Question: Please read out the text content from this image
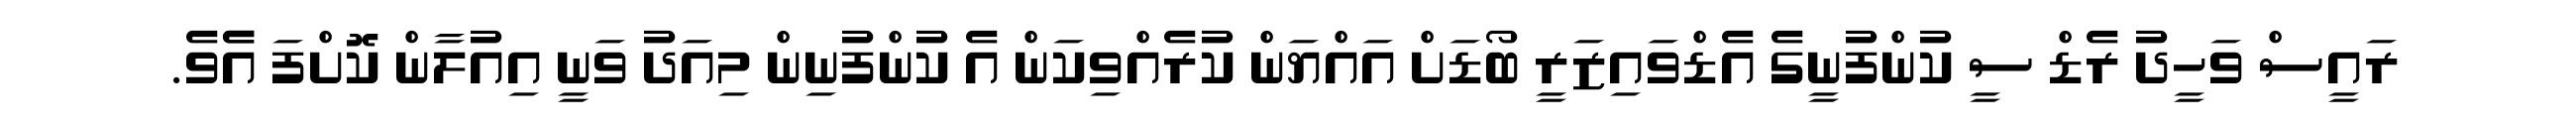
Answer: ރައީސް ވަހީދު ރެޑް ސީ ކުންފުނީގެ އެޑްވައިޒަރީ ބޯޑަށް އައްޔަން ކުރެއްވިކަން އެ ކުންފުނިން މިއަދު ވަނީ އިއުލާން ކޮށްފަ އެެވެ.